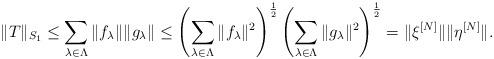
LaTeX: \begin{align*}\|T\|_{S_1} \leq \sum_{\lambda\in \Lambda} \|f_\lambda\| \|g_\lambda\| \leq \left(\sum_{\lambda\in \Lambda} \|f_\lambda\|^2\right)^{\frac{1}{2}} \left(\sum_{\lambda\in \Lambda}\|g_\lambda\|^2\right)^\frac{1}{2} = \|\xi^{[N]}\| \|\eta^{[N]}\|.\end{align*}